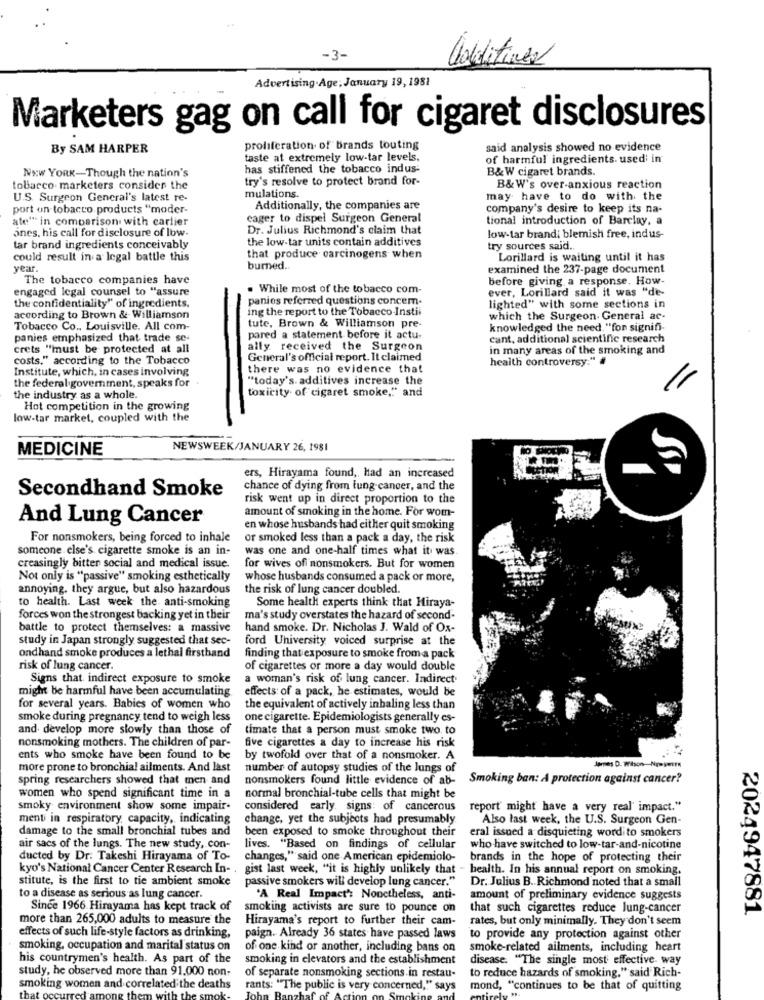
-3-
additives
Advertising Age; January 19, 1981
Marketers gag on call for cigaret disclosures
By SAM HARPER
proliferation of brands touting
said analysis showed no evidence
taste at extremely low-tar levels.
of harmful ingredients. used in
New YORK-Though the nation's
has stiffened the tobacco indus-
B&W cigaret brands.
try's resolve to protect brand for-
tobacco marketers consider the
B&W's over-anxious reaction
U.S. Surgeon General's latest re-
mulations.
may have to do with the
port on tobacco products "moder-
Additionally, the companies are
company's desire to keep its na-
ate" in comparison with carlier
eager to dispel Surgeon General
tional introduction of Barclay, a
ones, his call for disclosure of low-
Dr. Julius Richmond's claim that
the low-tar units contain additives
low-tar brand; blemish free, ind us-
tar brand ingredients conceivably
try sources said ..
could result in a legal battle this
that produce carcinogens when
Lorillard is waiting until it has
year.
burned ..
examined the 237-page document
The tobacco companies have
before giving a response. How-
engaged legal counsel to "assure
While most of the tobacco com-
ever, Lorillard said it was "de-
panies referred questions concem-
the confidentiality" of ingredients.
ing the report to the Tobacco Instil
lighted" with some sections in
according to Brown & Williamson
which the Surgeon. General ac-
Tobacco Co ., Louisville. All com-
tute, Brown & Williamson pre-
knowledged the need. "for signifi-
panies emphasized that trade se-
pared a statement before it actu-
cant, additional scientific research
crets "must be protected at all
ally received the Surgeon
in many areas of the smoking and
costs." according to the Tobacco
General's official report. It claimed
health controversy." #
Institute, which, in cases involving
there was no evidence that
"today's. additives increase the
the federal government, speaks for
toxicity of cigaret smoke,"" and
the industry as a whole.
Hot competition in the growing
low-tar market, coupled with the
MEDICINE
NEWSWEEK/JANUARY 26, 1981
ers, Hirayama found, Had an increased
Secondhand Smoke
chance of dying from lung cancer, and the
risk went up in direct proportion to the
amount of smoking in the home. For wom-
And Lung Cancer
en whose husbands had either quit smoking
For nonsmokers, being forced to inhale
or smoked less than a pack a day, the risk
someone else's cigarette smoke is an in-
was one and one-half times what it was.
creasingly bitter social and medical issue.
for wives of nonsmokers. But for women
Not only is "passive" smoking esthetically
whose husbands consumed a pack or more,
annoying. they argue, but also hazardous
the risk of lung cancer doubled.
to health. Last week the anti-smoking
Some health experts think that Hiraya-
forces won the strongest backing yet in their
ma's study overstates the hazard of second-
battle to protect themselves: a massive
hand smoke. Dr. Nicholas J. Wald of Ox-
study in Japan strongly suggested that sec-
ford University voiced surprise at the
ondhand smoke produces a lethal firsthand
finding that exposure to smoke from a pack
risk of lung cancer.
of cigarettes or more a day would double
Signs that indirect exposure to smoke
a woman's risk of lung cancer. Indirect
might be harmful have been accumulating
effects: of a pack, he estimates, would be
for several years. Babies of women who
the equivalent of actively inhaling less than
smoke during pregnancy tend to weigh less
one cigarette. Epidemiologists generally es-
and develop more slowly than those of
timate that a person must smoke two. to
nonsmoking mothers. The children of par-
five cigarettes a day to increase his risk
ents who smoke have been found to be
by twofold over that of a nonsmoker. A
more prone to bronchial ailments. And last
number of autopsy studies of the lungs of
James D. Wilson-Nposer
spring researchers showed that men and
nonsmokers found little evidence of ab-
Smoking ban: A protection against cancer?
women who spend significant time in a
normal bronchial-tube cells that might be
smoky environment show some impair-
considered early. signs: of cancerous
report might have a very real' impact."
menti in respiratory capacity, indicating
change, yet the subjects had presumably.
Also last week, the U.S. Surgeon Gen-
damage to the small bronchial tubes and
been exposed to smoke throughout their
eral issued a disquieting word to smokers
air sacs of the lungs. The new study, con-
lives. "Based on findings of cellular
who have switched to low-tar-and-nicotine
ducted by Dr. Takeshi Hirayama of To-
changes," said one American epidemiolo-
brands in the hope of protecting their
kyo's National Cancer Center Research In- . gist last week, "it is highly unlikely that - health. In his annual report on smoking.
stitute, is the first to tie ambient smoke
passive smokers will develop lung cancer."
Dr. Julius B .. Richmond noted that a small
to a disease as serious as lung cancer.
"A Real Impact': Nonetheless, anti-
amount of preliminary evidence suggests
Since 1966 Hirayama has kept track of
smoking activists are sure to pounce on
that such cigarettes reduce lung-cancer
2024947881
more than 265,000 adults to measure the
Hirayama's report to further their cam-
rates, but only minimally. They don't seem
effects of such life-style factors as drinking,
paign. Already 36 states have passed laws
to provide any protection against other
smoking, occupation and marital status on
of one kind or another, including bans on
smoke-related ailments, including heart
his countrymen's health. As part of the
smoking in elevators and the establishment
disease. "The single most effective. way
study, he observed more than 91.000 non-
of separate nonsmoking sections in restau-
to reduce hazards of smoking," said Rich-
smoking women and correlated the de
aths
rants: "The public is very concerned," says
mond, "continues to be that of quitting